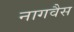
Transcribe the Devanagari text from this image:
नागवैस